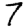
Digit: 7